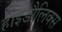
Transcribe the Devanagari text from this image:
हाइडौलिक्स